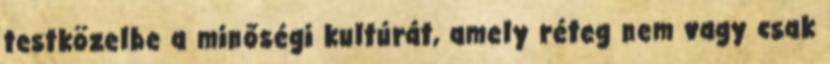
testközelbe a minőségi kultúrát, amely réteg nem vagy csak